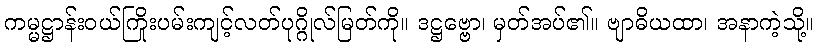
ကမ္မဋ္ဌာန်းဝယ်ကြိုးပမ်းကျင့်လတ်ပုဂ္ဂိုလ်မြတ်ကို။ ဒဋ္ဌဗ္ဗော၊ မှတ်အပ်၏။ ဗျာဓိယထာ၊ အနာကဲ့သို့။